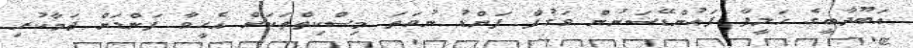
އަބޫދާބީގެ ޚަލީފާ ފައުންޑޭޝަނުން ވަގުފް ފަންޑު ނުވަތަ މިސްކިތްތަކަށް އެހީވާ ފަންޑަށް ޖަމާކުރި